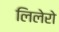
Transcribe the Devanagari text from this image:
लिलेरो